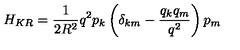
H _ { K R } = \frac { 1 } { 2 R ^ { 2 } } q ^ { 2 } p _ { k } \left( \delta _ { k m } - \frac { q _ { k } q _ { m } } { q ^ { 2 } } \right) p _ { m }